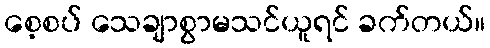
စေ့စပ် သေချာစွာမသင်ယူရင် ခက်တယ်။